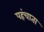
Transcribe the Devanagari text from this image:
पहंचाता